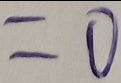
= 0